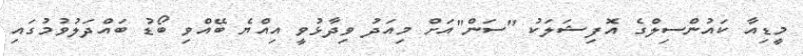
މީޑިއާ ކައުންސިލްގެ އޮފިޝަލަކު "ސަން"އަށް މިއަދު ވިދާޅުވީ އިއްޔެ ބޭއްވި ބޯޑު ބައްދަލުވުމުގައި